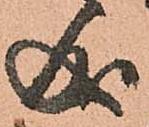
成